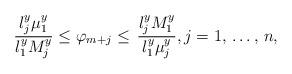
LaTeX: \begin{align*}\frac{l_{j}^{y}\mu_{1}^{y}}{l_{1}^{y}M_{j}^{y}}\le \varphi_{m+j}\le \mathrm{\thinspace }\frac{l_{j}^{y}M_{1}^{y}}{l_{1}^{y}\mu_{j}^{y}}, j=1,\thinspace \mathellipsis ,\thinspace n,\end{align*}